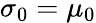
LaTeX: \sigma_{0}=\mu_{0}